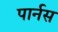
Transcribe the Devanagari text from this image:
पार्नस